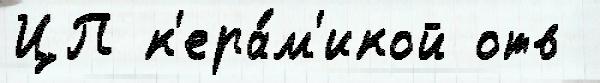
ЦП к'ера́м'икой отв